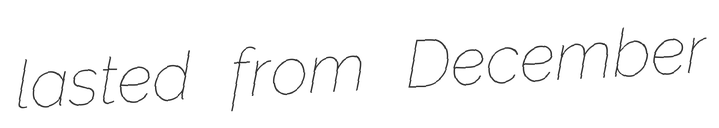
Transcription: lasted from December